[Report on the health of British troops in the Madras command]
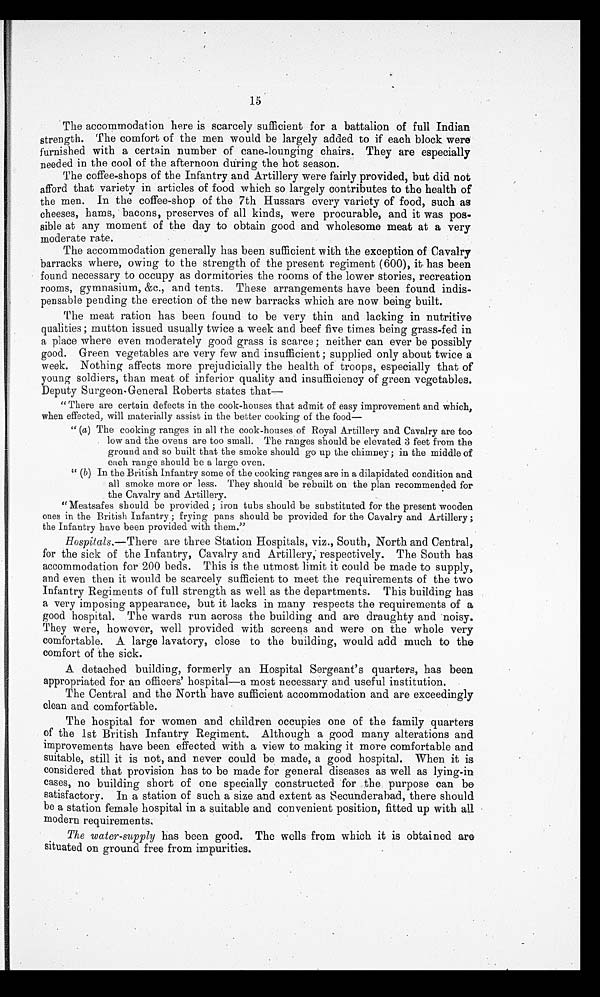
15
The accommodation here is scarcely sufficient for a battalion of full Indian
strength. The comfort of the men would be largely added to if each block were
furnished with a certain number of cane-lounging chairs. They are especially
needed in the cool of the afternoon during the hot season.
The coffee-shops of the Infantry and Artillery were fairly provided, but did not
afford that variety in articles of food which so largely contributes to the health of
the men. In the coffee-shop of the 7th Hussars every variety of food, such as
cheeses, hams, bacons, preserves of all kinds, were procurable, and it was pos-
- s i b l e a t a n y m o m e n t o f t h e d a y t o o b t a i n g o o d a n d w h o l e s o m e m e a t a t a v e r y
moderate rate.
The accommodation generally has been sufficient with the exception of Cavalry
barracks where, owing to the strength of the present regiment (600), it has been
found necessary to occupy as dormitories the rooms of the lower stories, recreation
rooms, gymnasium, &c., and tents. These arrangements have been found indis-
pensable pending the erection of the new barracks which are now being built.
The meat ration has been found to be very thin and lacking in nutritive
qualities ; mutton issued usually twice a week and beef five times being grass-fed in
a place where even moderately good grass is scarce ; neither can ever be possibly
good. Green vegetables are very few and insufficient ; supplied only about twice a
week. Nothing affects more prejudicially the health of troops, especially that of
young soldiers, than meat of inferior quality and insufficiency of green vegetables.
Deputy Surgeon-General Roberts states that
—
" There are certain defects in the cook-houses that admit of easy improvement and which,
when effected, will 'materially assist in the better cooking of the food
—
" (a) The cooking ranges in all the cook-houses of Royal Artillery and Cavalry are too
low and the ovens are too small. The ranges should be elevated 3 feet from the
ground and so built that the smoke should go up the chimney ; in the middle of
each range should be a large oven.
" ( b ) I n t h e B r i t i s h I n f a n t r y s o m e o f t h e c o o k i n g r a n g e s a r e i n a d i l a p i d a t e d c o n d i t i o n a n d
all smoke more or less. They should be rebuilt on the plan recommended for
the Cavalry and Artillery.
"Meatsafes should be provided ; iron tubs should be substituted for the present wooden
ones in the British Infantry ; frying pans should be provided for the Cavalry and Artillery
the Infantry have been provided with them."
Hospitals.— There are three Station Hospitals, viz., South, North and Central,
for the sick of the Infantry, Cavalry and Artillery, respectively. The South has
accommodation for 200 beds. This is the utmost limit it could be made to supply,
and even then it would be scarcely sufficient to meet the requirements of the two
Infantry Regiments of full strength as well as the departments. This building has
a very imposing appearance, but it lacks in many respects the requirements of a
good hospital. The wards run across the building and are draughty and noisy.
They were, however, well provided with screens and were on the whole very
comfortable. A large lavatory, close to the building, would add much to the
comfort of the sick.
A detached building, formerly an Hospital Sergeant's quarters, has been
appropriated for an officers' hospital—a most necessary and useful institution.
The Central and the North have sufficient accommodation and are exceedingly
clean and comfortable.
The hospital for women and children occupies one of the family quarters
of the 1st British Infantry Regiment. Although a good many alterations and
improvements have been effected with a view to making it more comfortable and
suitable, still it is not, and never could be, made, a good hospital. When it is.
considered that provision has to be made for general diseases as well as lying-in
cases, no building short of one specially constructed for the purpose can be
satisfactory. In a station of such a size and extent as Secunderabad, there should
be a station female hospital in a suitable and convenient position, fitted up with all
modern requirements.
The water-supply has been good. The wells from which it is obtained are
situated on ground free from impurities.